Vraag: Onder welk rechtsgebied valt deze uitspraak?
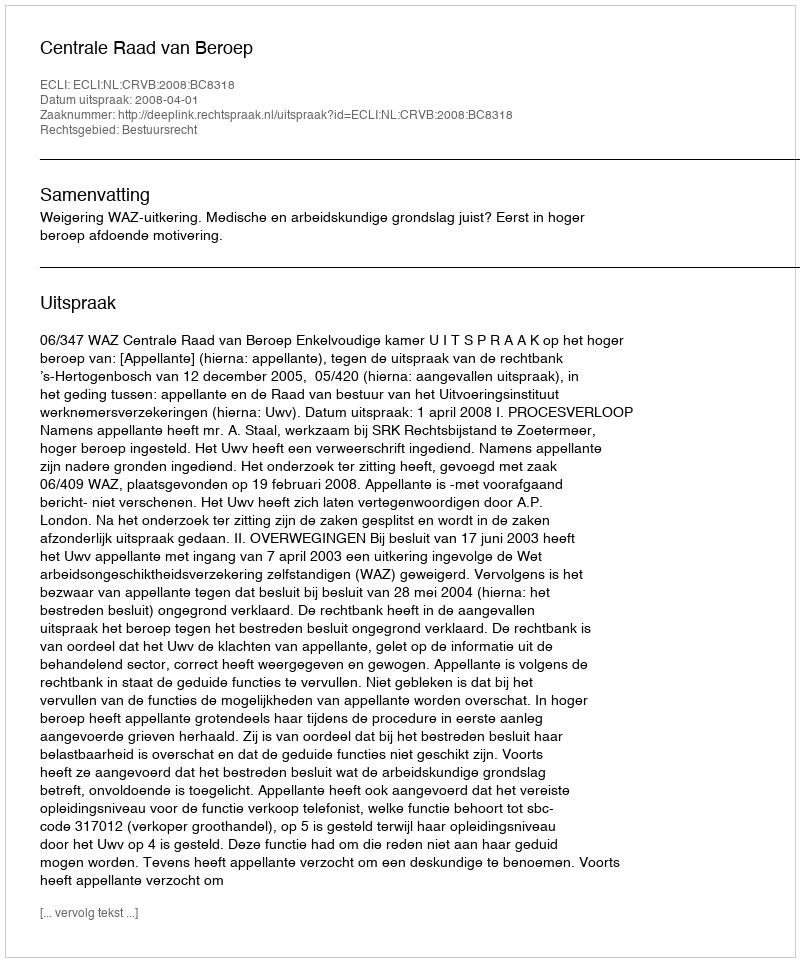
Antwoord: Bestuursrecht